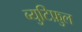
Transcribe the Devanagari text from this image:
ब्युटिफ़ुल